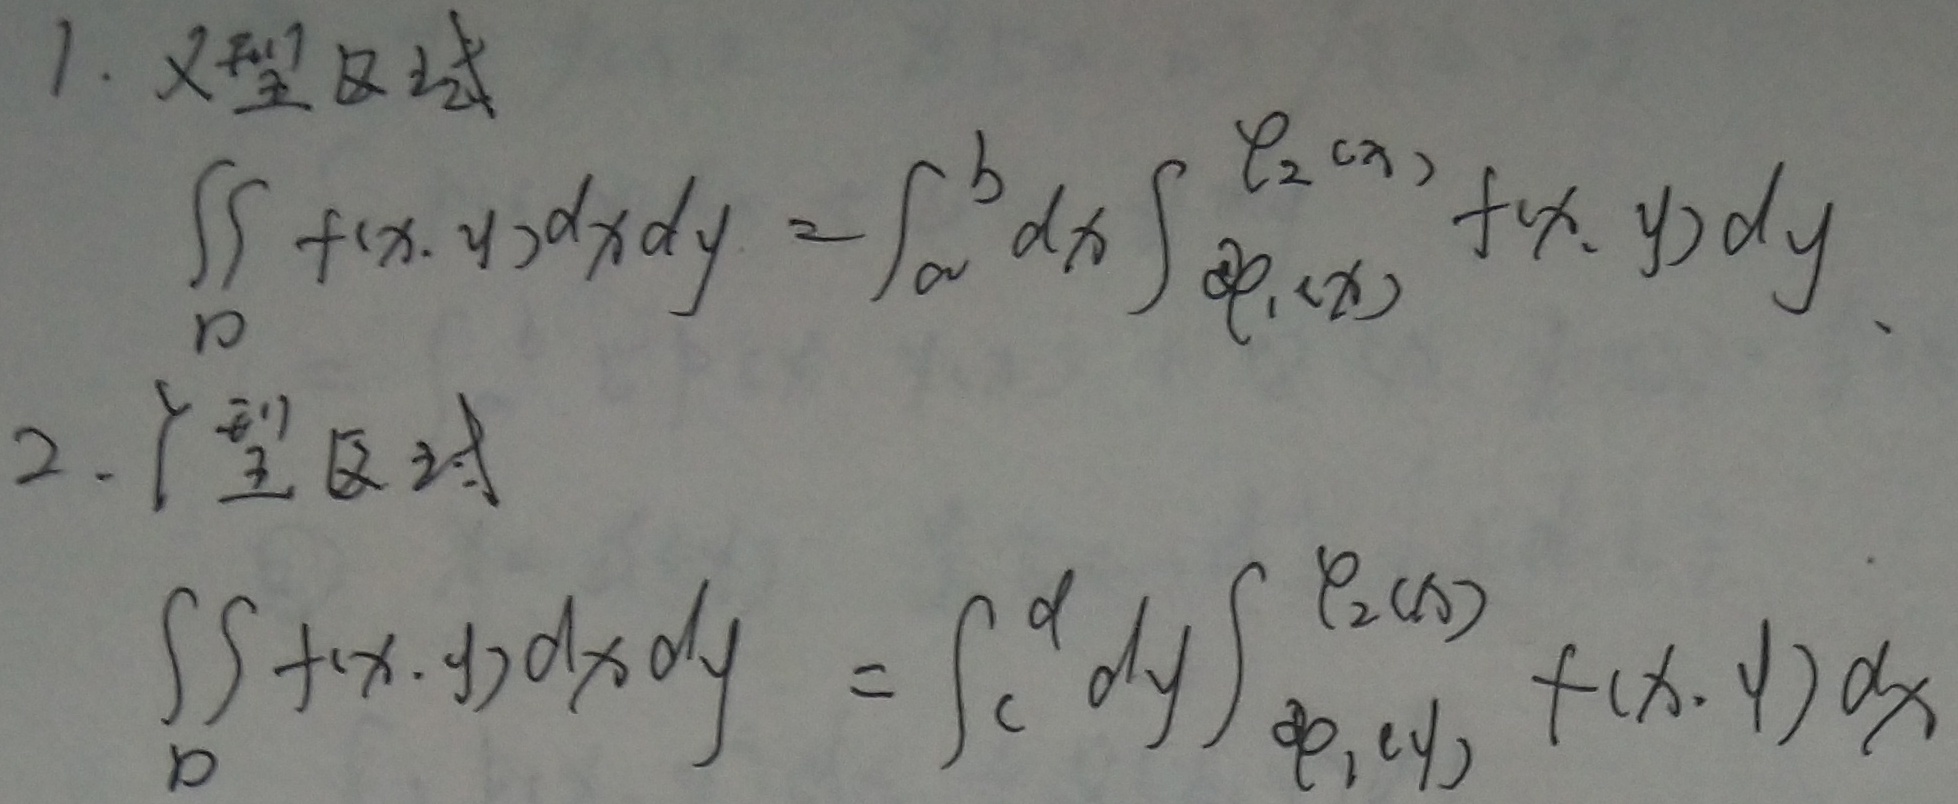
1. \(X\)型区域
\[
\iint_{D} f(x,y)\mathrm{d}x\mathrm{d}y=\int_{a}^{b} \mathrm{d}x\int_{\varphi_{1}(x)}^{\varphi_{2}(x)} f(x,y)\mathrm{d}y
\]

2. \(Y\)型区域
\[
\iint_{D} f(x,y)\mathrm{d}x\mathrm{d}y=\int_{c}^{d} \mathrm{d}y\int_{\varphi_{1}(y)}^{\varphi_{2}(y)} f(x,y)\mathrm{d}x
\]